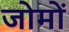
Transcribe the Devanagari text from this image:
जोमों